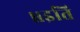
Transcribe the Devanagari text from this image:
॥इति